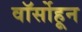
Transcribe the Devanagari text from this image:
वॉर्सोहून